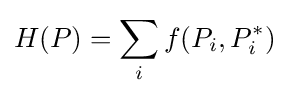
H(P)=\sum _{i}f(P_{i},P_{i}^{*})